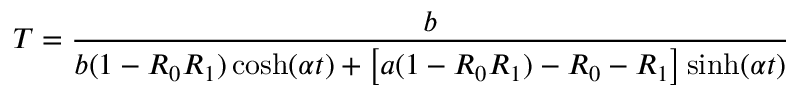
T = \frac { b } { b ( 1 - R _ { 0 } R _ { 1 } ) \cosh ( \alpha t ) + \big [ a ( 1 - R _ { 0 } R _ { 1 } ) - R _ { 0 } - R _ { 1 } \big ] \sinh ( \alpha t ) }